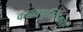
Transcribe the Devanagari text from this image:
काव्यपुस्तिकाएँ